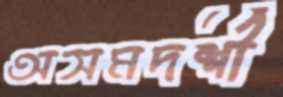
অসমদর্শী